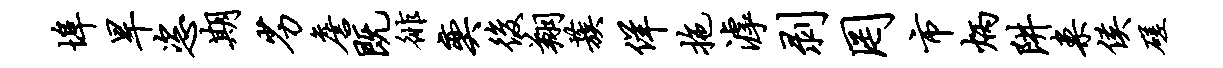
埠旱恣期劣詹既徘奕后翔蔟佯拖滹剥罔市炳阱案侯磋